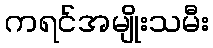
ကရင်အမျိုးသမီး